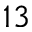
1 3